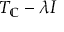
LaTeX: T _ { \mathbb { C } } - \lambda I